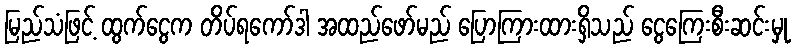
မြည်သံဖြင့် ထွက်ငွေက တိပ်ရကော်ဒါ အထည်ဖော်မည် ပြောကြားထားရှိသည် ငွေကြေးစီးဆင်းမှု